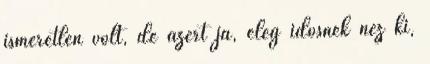
ismeretlen volt, de azért ja, elég idősnek néz ki,